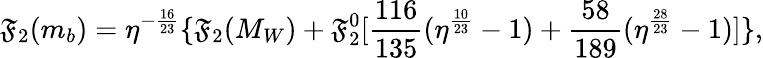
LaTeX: \mathfrak{F}_{2}(m_{b})=\eta^{-\frac{{16}}{{23}}}\{ \mathfrak{F}_{2}(M_{W})+\mathfrak{F}_{2}^{0}[\frac{{116}}{{135}}(\eta^{\frac{{10}}{{23}}}-1)+\frac{{58}}{{189}}(\eta^{\frac{{28}}{{23}}}-1)]\} ,